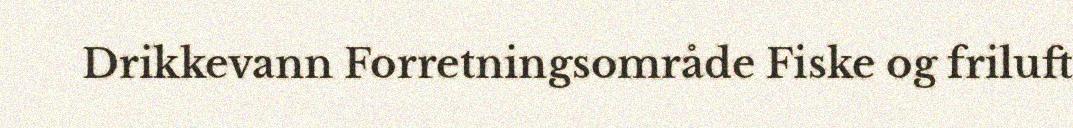
Drikkevann Forretningsområde Fiske og friluft